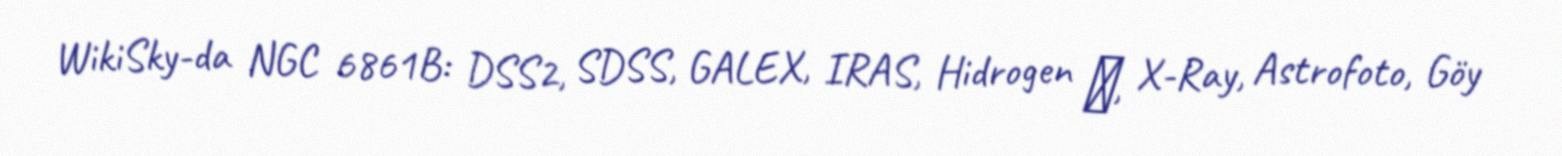
WikiSky-da NGC 6861B: DSS2, SDSS, GALEX, IRAS, Hidrogen α, X-Ray, Astrofoto, Göy